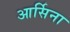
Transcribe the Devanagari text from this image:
आर्सिना